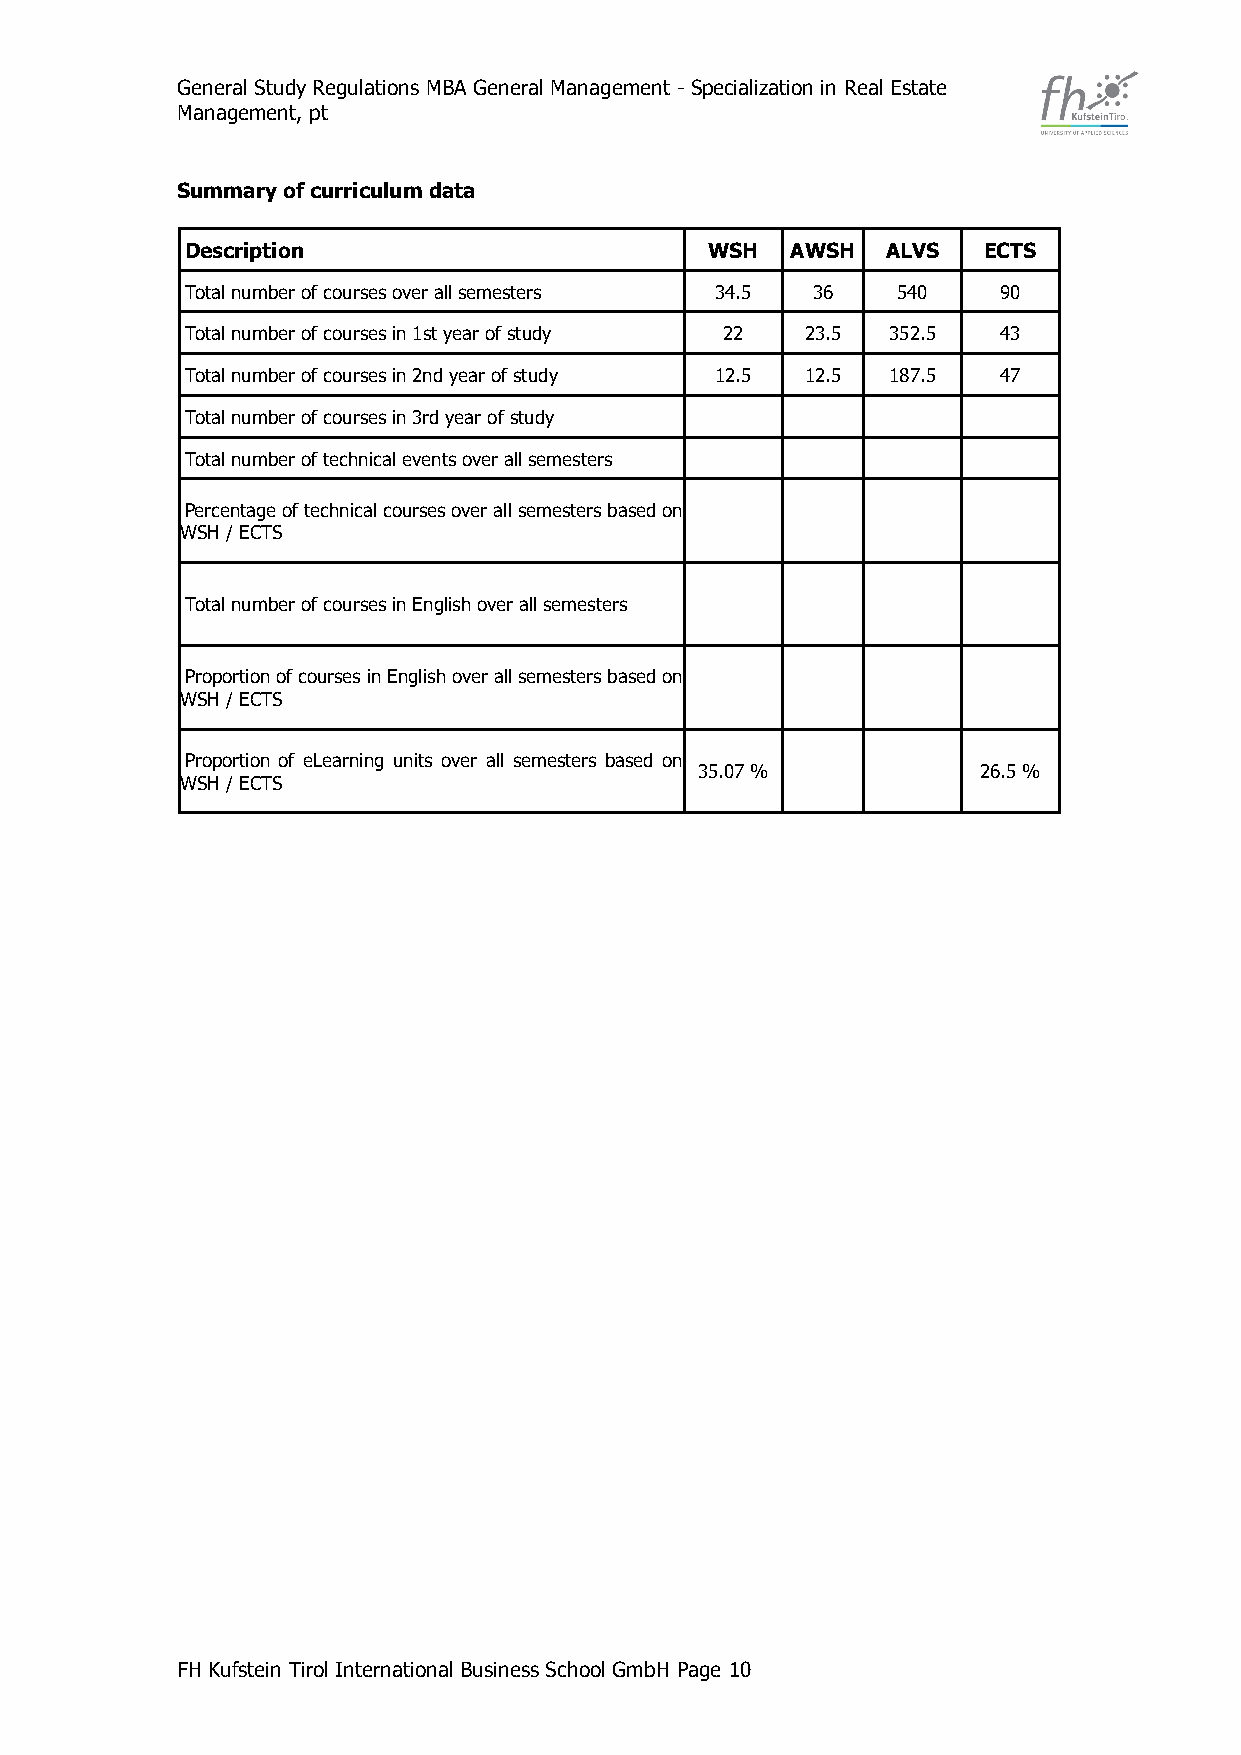
General Study Regulations MBA General Management - Specialization in Real Estate
 Management, pt
 Summary of curriculum data
 Description                        WSH  AWSH   ALVS  ECTS
 Total number of courses over all semesters 34.5 36 540 90
 Total number of courses in 1st year of study 22 23.5 352.5 43
 Total number of courses in 2nd year of study 12.5 12.5 187.5 47
 Total number of courses in 3rd year of study
 Total number of technical events over all semesters
 Percentage of technical courses over all semesters based on
 WSH / ECTS
 Total number of courses in English over all semesters
 Proportion of courses in English over all semesters based on
 WSH / ECTS
 Proportion of eLearning units over all semesters based on
 35.07 %            26.5 %
 WSH / ECTS
 FH Kufstein Tirol International Business School GmbH Page 10